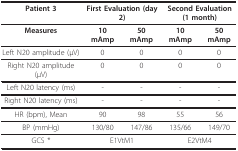
<table><thead><tr><td><b>Patient 3</b></td><td colspan="2"><b>First Evaluation (day 2)</b></td><td colspan="2"><b>Second Evaluation (1 month)</b></td></tr></thead><tbody><tr><td><b>Measures</b></td><td><b>10 mAmp</b></td><td><b>50 mAmp</b></td><td><b>10 mAmp</b></td><td><b>50 mAmp</b></td></tr><tr><td>Left N20 amplitude (μV)</td><td>0</td><td>0</td><td>0</td><td>0</td></tr><tr><td>Right N20 amplitude (μV)</td><td>0</td><td>0</td><td>0</td><td>0</td></tr><tr><td>Left N20 latency (ms)</td><td>-</td><td>-</td><td>-</td><td>-</td></tr><tr><td>Right N20 latency (ms)</td><td>-</td><td>-</td><td>-</td><td>-</td></tr><tr><td>HR (bpm), Mean</td><td>90</td><td>98</td><td>55</td><td>56</td></tr><tr><td>BP (mmHg)</td><td>130/80</td><td>147/86</td><td>135/66</td><td>149/70</td></tr><tr><td>GCS *</td><td colspan="2">E1VtM1</td><td colspan="2">E2VtM4</td></tr></tbody></table>